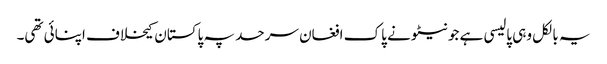
یہ بالکل وہی پالیسی ہے جو نیٹو نے پاک افغان سرحد پہ پاکستان کیخلاف اپنائی تھی۔